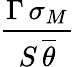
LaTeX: \frac{\Gamma\, \sigma_{M}}{S\, \overline{{\theta}}}